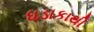
ધડાકાથી